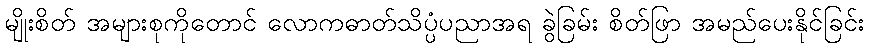
မျိုးစိတ် အများစုကိုတောင် လောကဓာတ်သိပ္ပံပညာအရ ခွဲခြမ်း စိတ်ဖြာ အမည်ပေးနိုင်ခြင်း